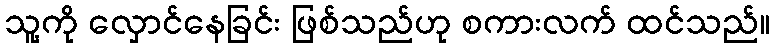
သူ့ကို လှောင်နေခြင်း ဖြစ်သည်ဟု စကားလက် ထင်သည်။